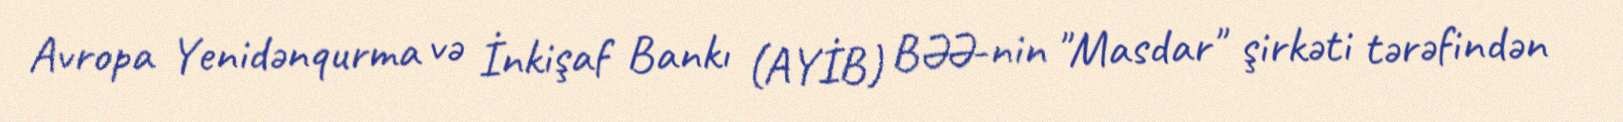
Avropa Yenidənqurma və İnkişaf Bankı (AYİB) BƏƏ-nin "Masdar" şirkəti tərəfindən